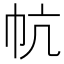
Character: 𰏔